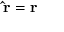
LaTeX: \mathbf { \hat { r } } = \mathbf { r } \,